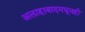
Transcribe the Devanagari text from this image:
अलाहाबादमधूनही